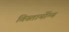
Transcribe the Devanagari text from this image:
विस्तार्योग्य